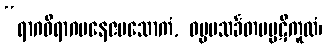
“ရာဂဝိရာဂမနေဇမသောကံ, ဓမ္မမသင်္ခတမပ္ပဋိကူလံ၊